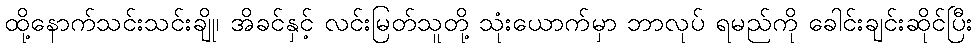
ထို့နောက်သင်းသင်းချို၊ အိခင်နှင့် လင်းမြတ်သူတို့ သုံးယောက်မှာ ဘာလုပ် ရမည်ကို ခေါင်းချင်းဆိုင်ပြီး